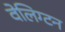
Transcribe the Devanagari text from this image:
वेलिग्टन